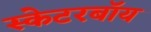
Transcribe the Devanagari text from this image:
स्केटरबॉय